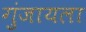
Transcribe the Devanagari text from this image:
गुंजायला